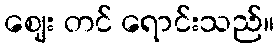
ဈေး တင် ရောင်းသည်။